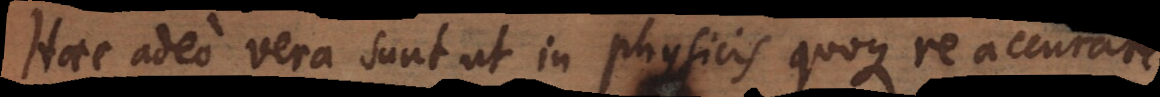
Haec adeo vera sunt ut in physicis quoque re accurate